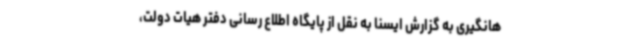
هانگیری به گزارش ایسنا به نقل از پایگاه اطلاع رسانی دفتر هیات دولت،